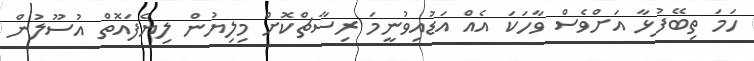
ހަމަ ތިބޭފުޅާ އަށްވެސް ވާހަކަ އެއް އަޑުއިވުނީމަ ރިސާޗްކޮށް މިލިޔުން ލިޔެފައޮތް އުސޫލުން